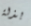
بذلة